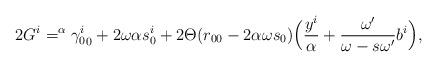
LaTeX: \begin{align*}2G^i = ^{\alpha}{\gamma_{0}^{i}}_0 + 2\omega \alpha s_0^i + 2\Theta(r_{00} - 2\alpha \omega s_0) \Bigl(\frac{y^i}{\alpha} + \frac{\omega'}{\omega - s\omega'}b^i\Bigr),\end{align*}